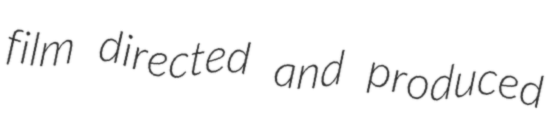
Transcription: film directed and produced